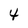
Character: 4